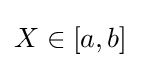
X\in \left[a,b\right]